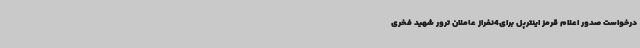
درخواست صدور اعلام قرمز اینترپل برای4نفراز عاملان ترور شهید فخری‌